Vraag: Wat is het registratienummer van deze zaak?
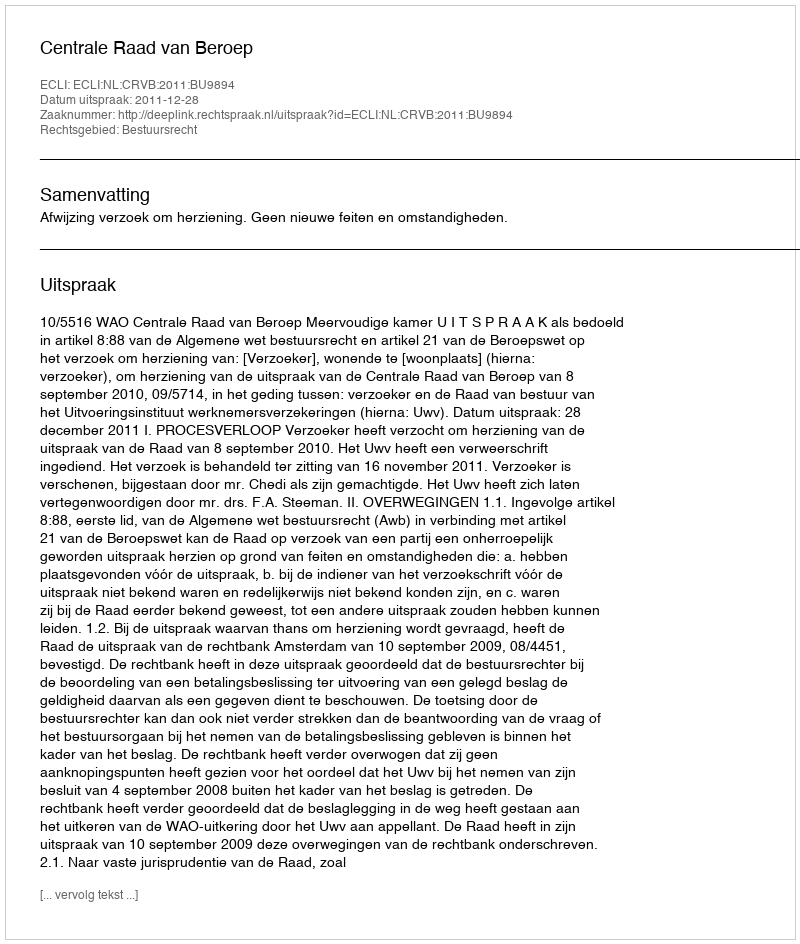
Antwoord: http://deeplink.rechtspraak.nl/uitspraak?id=ECLI:NL:CRVB:2011:BU9894